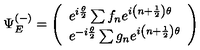
\Psi _ { E } ^ { ( - ) } = \left( \begin{array} { l } { e ^ { i \frac { \theta } { 2 } } \sum f _ { n } e ^ { i \left( n + \frac { 1 } { 2 } \right) \theta } } \\ { e ^ { - i \frac { \theta } { 2 } } \sum g _ { n } e ^ { i \left( n + \frac { 1 } { 2 } \right) \theta } } \\ \end{array} \right)